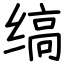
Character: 缟